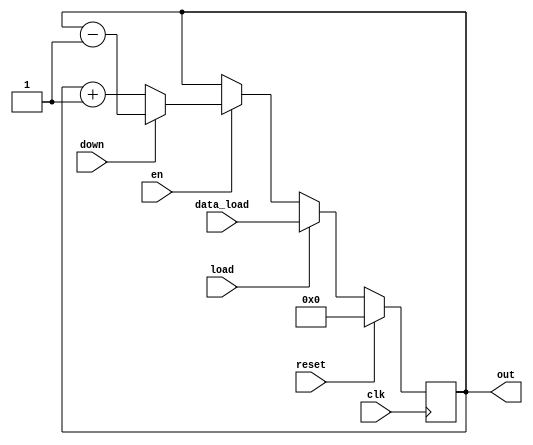
module counter(
    input clk,
    input reset,
    input en,
    input load,
    input [29:0] data_load,
    input down,
    output reg[29:0] out
    );
    
    always @(posedge clk) begin
        if(reset) begin
            out <= 0;
        end
            else begin
                if(load) begin
                    out <= data_load;
                end
                    else begin
                        if(en) begin
                            if(down) begin
                                out <= out - 1;
                            end
                                else begin
                                    out <= out + 1;
                                end
                        end
                            else begin
                                out <= out;
                            end
                    end
            end
    end
    
endmodule